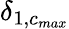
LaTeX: \delta_{1,c_{max}}